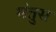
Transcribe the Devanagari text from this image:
मंतुस